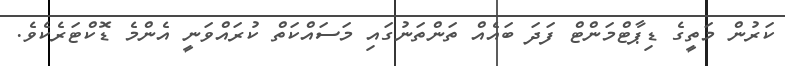
ކަރުން މަތީގެ ޑިޕާޓްމަންޓް ފަދަ ބައެއް ތަންތަނުގައި މަސައްކަތް ކުރައްވަނީ އެންމެ ޑޮކްޓަރެކެވެ.